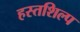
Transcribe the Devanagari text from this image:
हस्तशिल्‍प